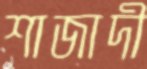
শাজাদী